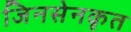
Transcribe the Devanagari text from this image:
जिनसेनकृत